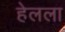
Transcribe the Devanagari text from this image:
हेलला